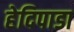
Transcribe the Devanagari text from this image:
हेदिपाडा